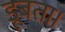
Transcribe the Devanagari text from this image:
डूबता।